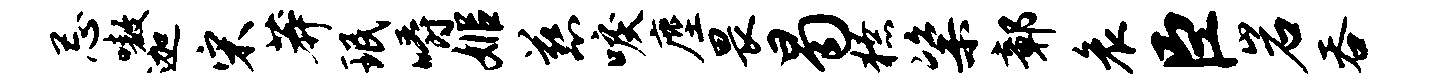
忌嗷迦宋莽珉嚼姬慈唳麈畏曷獠粢鄣哀臣岩吞